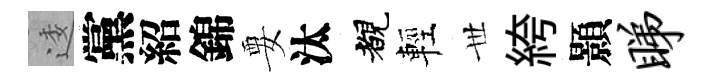
逶黨紹錦要汰覩輕𠀍絝顥睇